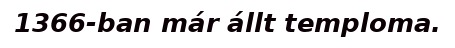
1366-ban már állt temploma.